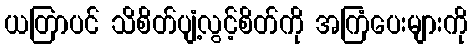
ယတြာပင် သိစိတ်ပျံ့လွင့်စိတ်ကို အကြံပေးများကို